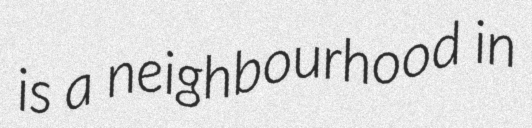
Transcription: is a neighbourhood in